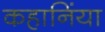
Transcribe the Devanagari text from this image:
कहानिंया